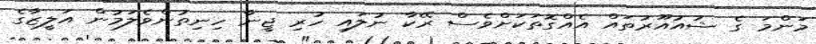
މަންމަ ގެ ޝުއުއޫރުތައް އެއްގޮތަކަށްވެސް ރޭކާ ނުލައި ހުރި ޖީނާ ހިނިތުންވެލަމުން އަލީޒާގެ